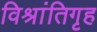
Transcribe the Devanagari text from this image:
विश्रांतिगृह